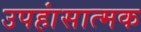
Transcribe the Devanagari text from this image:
उपहांसात्मक